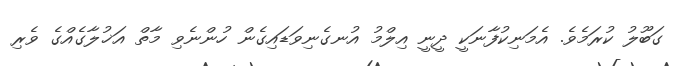
ގަބޫލު ކުރަމެވެ. އެމަނިކުފާނަކީ ދީނީ އިލްމު އުނގެނިވަޑައިގެން ހުންނެވި މާތް އަޚުލާގެއްގެ ވެރި